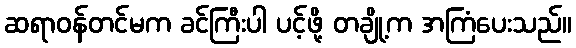
ဆရာဝန်တင်မက ခင်ကြီးပါ ပင့်ဖို့ တချို့က အကြံပေးသည်။